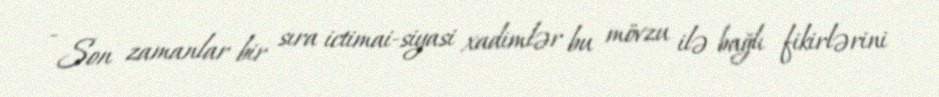
- Son zamanlar bir sıra ictimai-siyasi xadimlər bu mövzu ilə bağlı fikirlərini